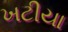
ખટીયા